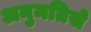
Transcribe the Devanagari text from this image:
अनुमतिसे